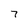
Character: 7